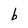
Character: b